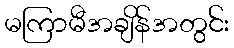
မကြာမီအချိန်အတွင်း